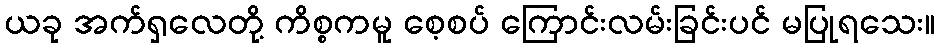
ယခု အက်ရှလေတို့ ကိစ္စကမူ စေ့စပ် ကြောင်းလမ်းခြင်းပင် မပြုရသေး။